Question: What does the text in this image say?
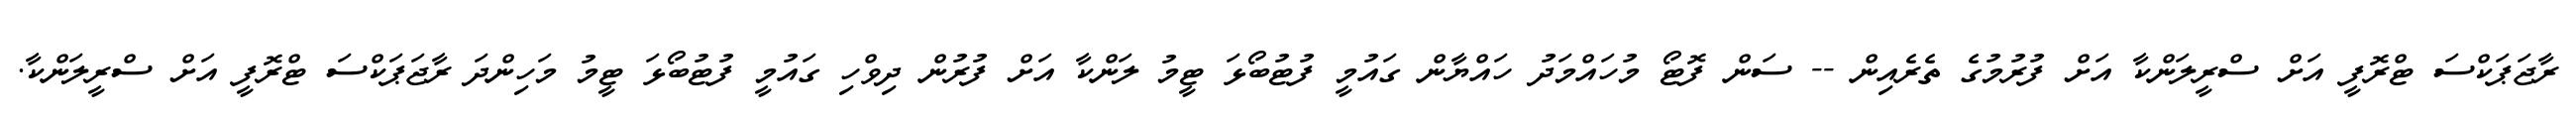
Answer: ރާޖަޕަކްސަ ޓްރޮފީ އަށް ސްރީލަންކާ އަށް ފުރުމުގެ ތެރެއިން -- ސަން ފޮޓޯ މުހައްމަދު ހައްޔާން ގައުމީ ފުޓުބޯޅަ ޓީމު ލަންކާ އަށް ފުރުން ދިވްހި ގައުމީ ފުޓުބޯޅަ ޓީމު މަހިންދަ ރާޖަޕަކްސަ ޓްރޮފީ އަށް ސްރީލަންކާ.